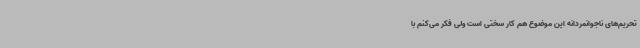
تحریم‌های ناجوانمردانه این موضوع هم کار سختی است ولی فکر می‌کنم با